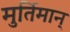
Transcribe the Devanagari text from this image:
मुर्तिमान्